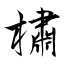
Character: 橚